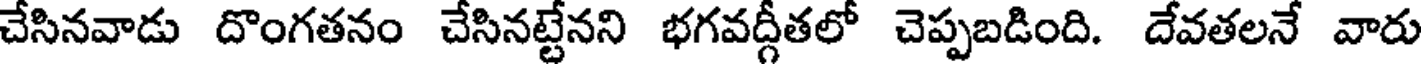
చేసినవాడు దొంగతనం చేసినట్టేనని భగవద్గీతలో చెప్పబడింది. దేవతలనే వారు